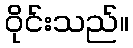
ဝိုင်းသည်။